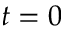
t = 0